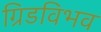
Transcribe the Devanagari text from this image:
ग्रिडविभव